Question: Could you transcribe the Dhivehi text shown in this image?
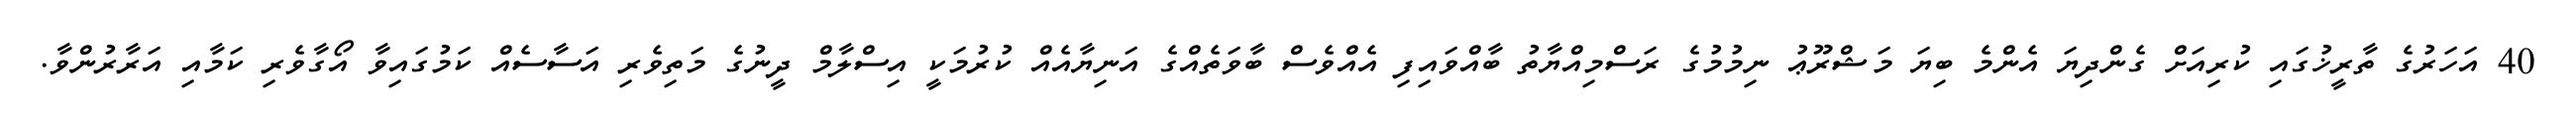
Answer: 40 އަހަރުގެ ތާރީޚުގައި ކުރިއަށް ގެންދިޔަ އެންމެ ބިޔަ މަޝްރޫޢު ނިމުމުގެ ރަސްމިއްޔާތު ބާއްވައިފި އެއްވެސް ބާވަތެއްގެ އަނިޔާއެއް ކުރުމަކީ އިސްލާމް ދީނުގެ މަތިވެރި އަސާސެއް ކަމުގައިވާ އޯގާވެރި ކަމާއި އަރާރުންވާ.